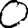
Digit: 0